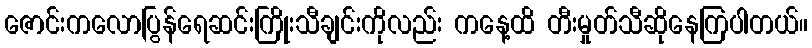
ဇောင်းကလောပြွန်ရေဆင်းကြိုးသီချင်းကိုလည်း ကနေ့ထိ တီးမှုတ်သီဆိုနေကြပါတယ်။